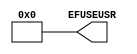
// $Header: /devl/xcs/repo/env/Databases/CAEInterfaces/verunilibs/data/blanc/EFUSE_USR.v,v 1.3 2009/08/21 23:55:39 harikr Exp $
///////////////////////////////////////////////////////
//  Copyright (c) 2009 Xilinx Inc.
//  All Right Reserved.
///////////////////////////////////////////////////////
//
//   ____   ___
//  /   /\/   / 
// /___/  \  /     Vendor      : Xilinx 
// \  \    \/      Version : 10.1
//  \  \           Description : 
//  /  /                      
// /__/   /\       Filename    : EFUSE_USR.v
// \  \  /  \ 
//  \__\/\__ \                    
//                                 
//  Revision:		1.0
///////////////////////////////////////////////////////

`timescale 1 ps / 1 ps 

module EFUSE_USR (
  EFUSEUSR
);

  parameter [31:0] SIM_EFUSE_VALUE = 32'h00000000;

  output [31:0] EFUSEUSR;

  assign EFUSEUSR = SIM_EFUSE_VALUE;

endmodule